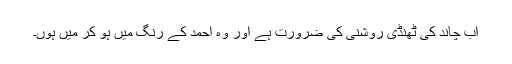
اب چاند کی ٹھنڈی روشنی کی ضرورت ہے اور وہ احمد کے رنگ میں ہو کر میں ہوں۔